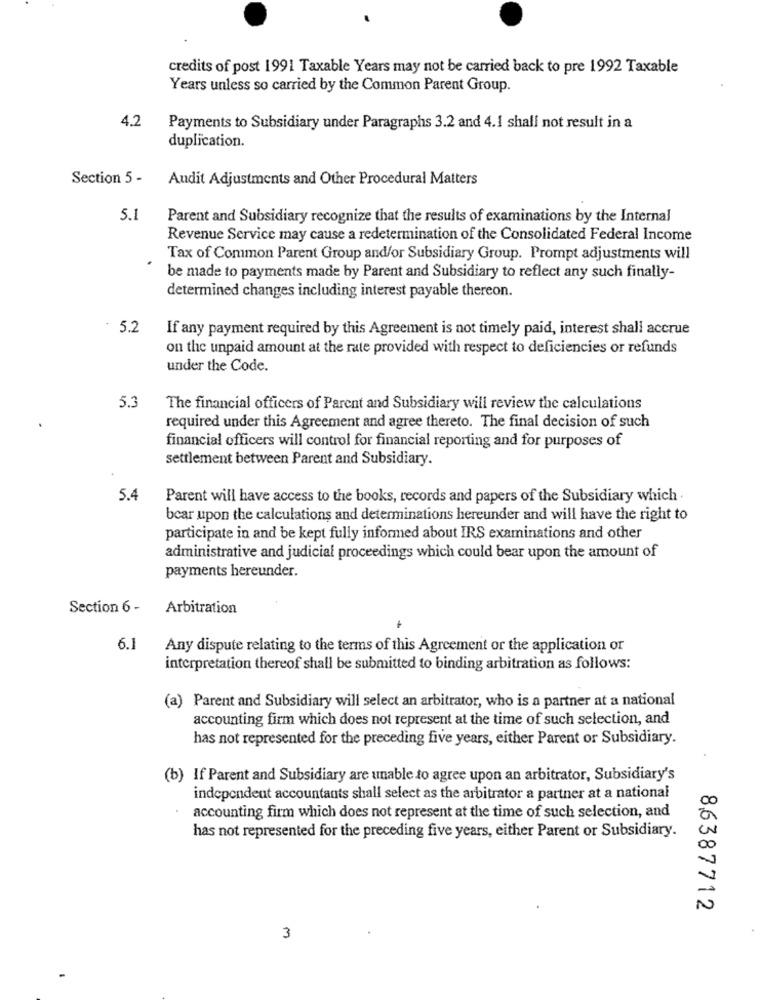
credits of post 1991 Taxable Years may not be carried back to pre 1992 Taxable
Years unless so carried by the Common Parent Group.
4.2
Payments to Subsidiary under Paragraphs 3.2 and 4.1 shall not result in a
duplication.
Section 5 -
Audit Adjustments and Other Procedural Matters
5.1
Parent and Subsidiary recognize that the results of examinations by the Internal
Revenue Service may cause a redetermination of the Consolidated Federal Income
Tax of Common Parent Group and/or Subsidiary Group. Prompt adjustments will
be made to payments made by Parent and Subsidiary to reflect any such finally-
determined changes including interest payable thereon.
. 5.2
If any payment required by this Agreement is not timely paid, interest shall accrue
on the unpaid amount at the rate provided with respect to deficiencies or refunds
under the Code.
5.3
The financial officers of Parent and Subsidiary will review the calculations
required under this Agreement and agree thereto. The final decision of such
financial officers will control for financial reporting and for purposes of
settlement between Parent and Subsidiary.
5.4
Parent will have access to the books, records and papers of the Subsidiary which
bear upon the calculations and determinations hereunder and will have the right to
participate in and be kept fully informed about IRS examinations and other
administrative and judicial proceedings which could bear upon the amount of
payments hereunder.
Section 6 -
Arbitration
6.1
Any dispute relating to the terms of this Agreement or the application or
interpretation thereof shall be submitted to binding arbitration as follows:
(a) Parent and Subsidiary will select an arbitrator, who is a partner at a national
accounting firm which does not represent at the time of such selection, and
has not represented for the preceding five years, either Parent or Subsidiary.
(b) If Parent and Subsidiary are unable to agree upon an arbitrator, Subsidiary's
independent accountants shall select as the arbitrator a partner at a national
accounting firm which does not represent at the time of such selection, and
has not represented for the preceding five years, either Parent or Subsidiary.
8,6387712
3